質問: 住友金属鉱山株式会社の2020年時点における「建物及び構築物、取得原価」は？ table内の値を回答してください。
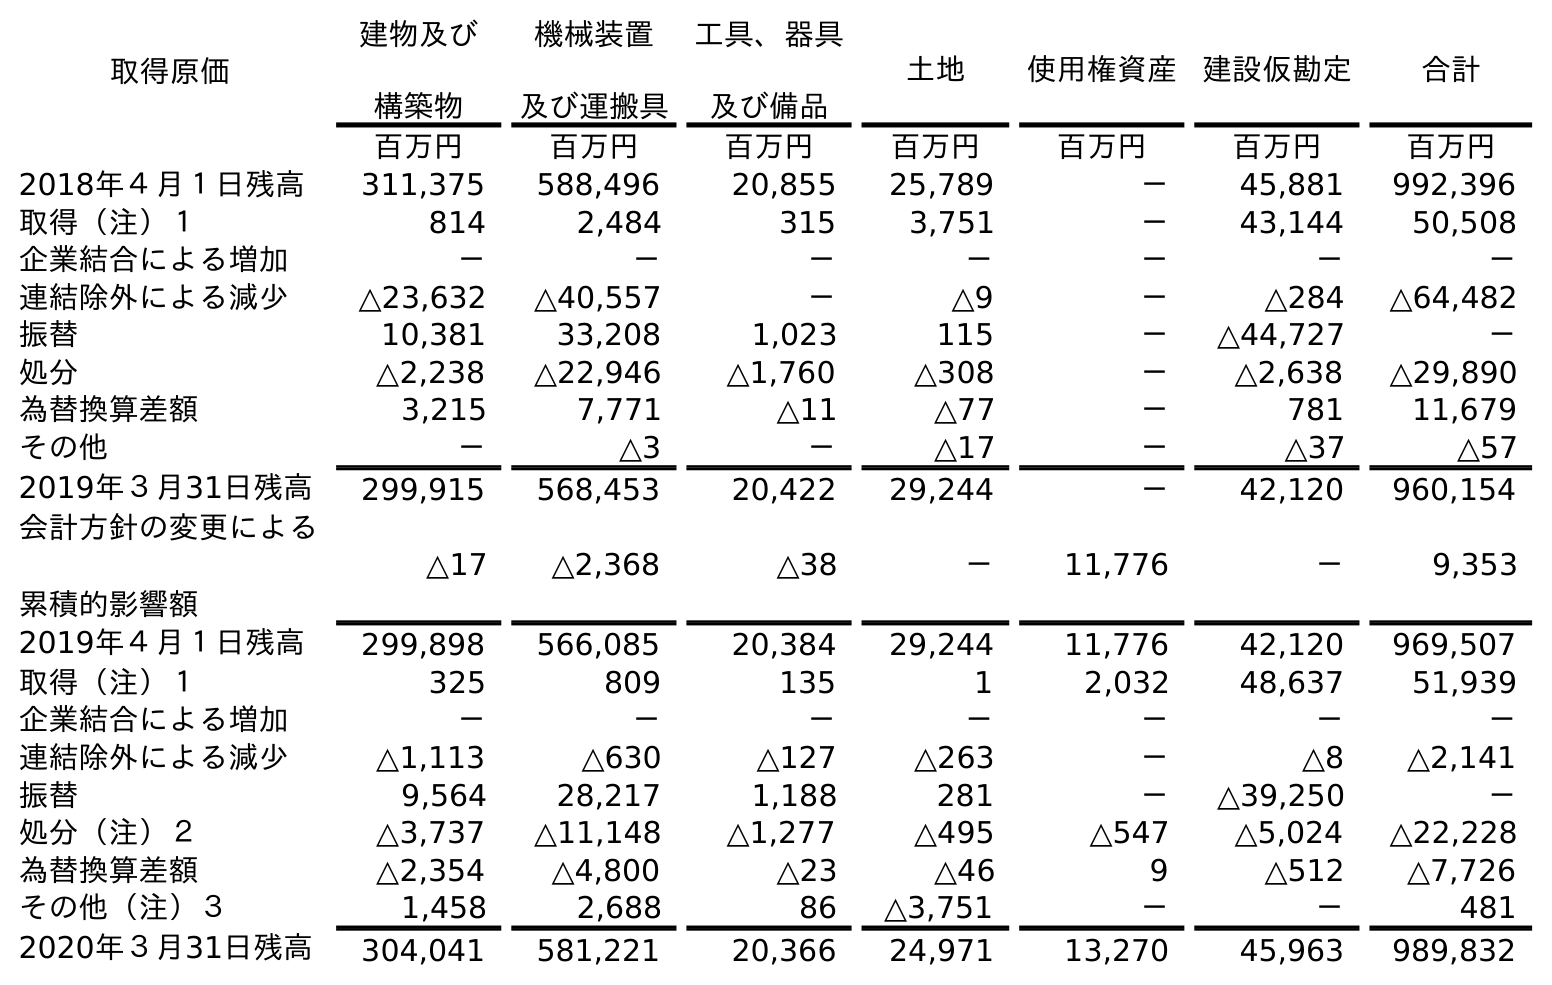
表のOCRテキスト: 取得原価 建物及び 構築物 機械装置 及び運搬具 工具、器具 及び備品 土地 使用権資産 建設仮勘定 合計 百万円 百万円 百万円 百万円 百万円 百万円 百万円 2018年４月１日残高 311,375 588,496 20,855 25,789 － 45,881 992,396 取得（注）１ 814 2,484 315 3,751 － 43,144 50,508 企業結合による増加 － － － － － － － 連結除外による減少 △23,632 △40,557 － △9 － △284 △64,482 振替 10,381 33,208 1,023 115 － △44,727 － 処分 △2,238 △22,946 △1,760 △308 － △2,638 △29,890 為替換算差額 3,215 7,771 △11 △77 － 781 11,679 その他 － △3 － △17 － △37 △57 2019年３月31日残高 299,915 568,453 20,422 29,244 － 42,120 960,154 会計方針の変更による 累積的影響額 △17 △2,368 △38 － 11,776 － 9,353 2019年４月１日残高 299,898 566,085 20,384 29,244 11,776 42,120 969,507 取得（注）１ 325 809 135 1 2,032 48,637 51,939 企業結合による増加 － － － － － － － 連結除外による減少 △1,113 △630 △127 △263 － △8 △2,141 振替 9,564 28,217 1,188 281 － △39,250 － 処分（注）２ △3,737 △11,148 △1,277 △495 △547 △5,024 △22,228 為替換算差額 △2,354 △4,800 △23 △46 9 △512 △7,726 その他（注）３ 1,458 2,688 86 △3,751 － － 481 2020年３月31日残高 304,041 581,221 20,366 24,971 13,270 45,963 989,832
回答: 304,041